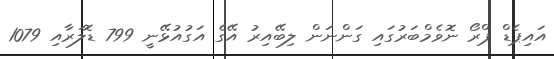
އައިޕެޑް ޕްރޯ ނޮވެމްބަރުގައި ގަންނަން ލިބޭއިރު އޭގެ އަގުއުޅޭނީ 799 ޑޮލަރާއި 1079